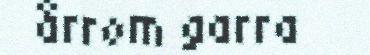
årrom garra